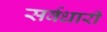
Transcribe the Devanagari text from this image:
सर्वधारी